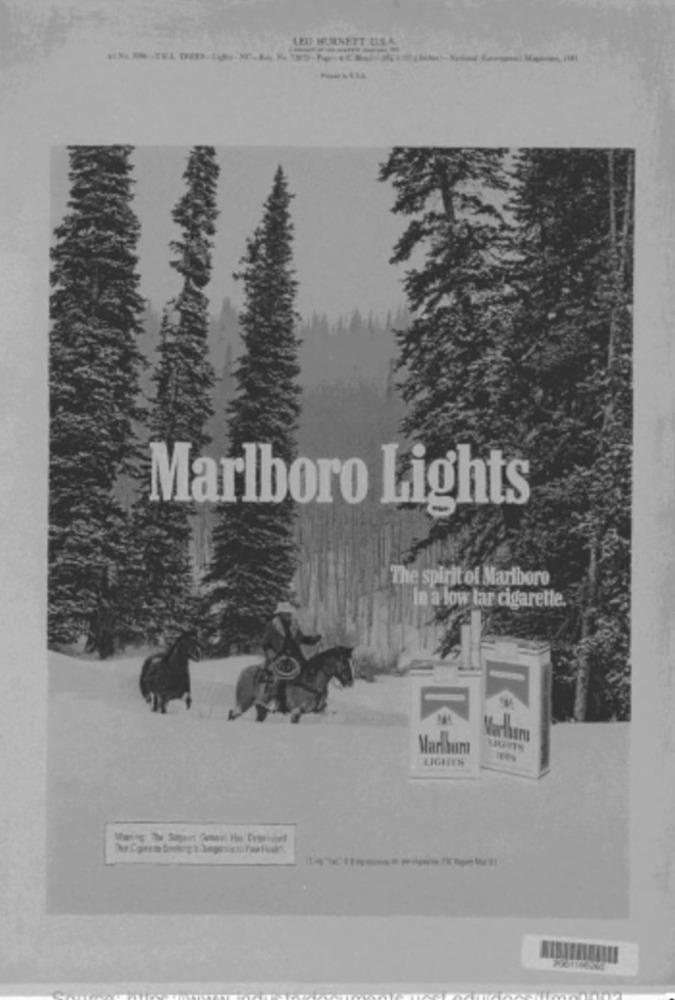
LED BURNETT USA
Marlboro Lights
The spirit of Marlboro
In a low lar cigarette.
Mariauma
LIGNES